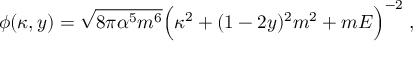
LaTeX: \phi ( \kappa , y ) = \sqrt { 8 \pi \alpha ^ { 5 } m ^ { 6 } } \Bigl ( \kappa ^ { 2 } + ( 1 - 2 y ) ^ { 2 } m ^ { 2 } + m E \Bigr ) ^ { - 2 } \; ,